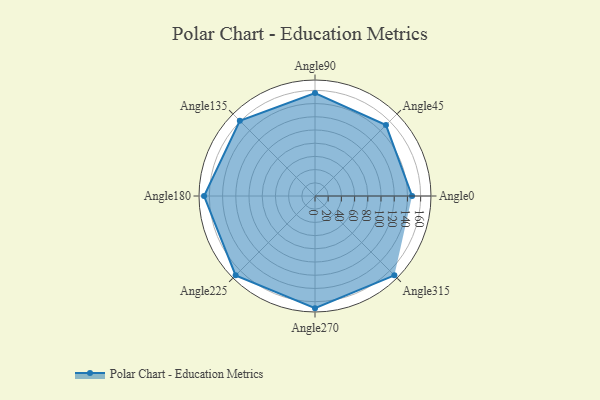
{"axis": {"x": "Angle", "y": "Radius"}, "legend": [""], "data": [{"x": "Angle0", "y": 147.0, "type": ""}, {"x": "Angle45", "y": 152.0, "type": ""}, {"x": "Angle90", "y": 156.0, "type": ""}, {"x": "Angle135", "y": 161.0, "type": ""}, {"x": "Angle180", "y": 168.0, "type": ""}, {"x": "Angle225", "y": 170, "type": ""}, {"x": "Angle270", "y": 170, "type": ""}, {"x": "Angle315", "y": 170, "type": ""}]}